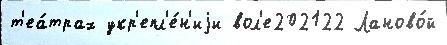
т'еа́трах укр'епл'е́н'иjи вол'е202122 Ланово́й